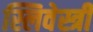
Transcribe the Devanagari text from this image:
स्लिवेस्त्री